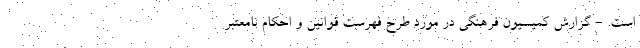
است. - گزارش کمیسیون فرهنگی در مورد طرح فهرست قوانین و احکام نامعتبر